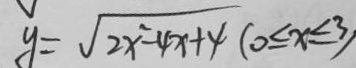
y = \sqrt { 2 x ^ { 2 } - 4 x + 4 } ( 0 \leq x \leq 3 )